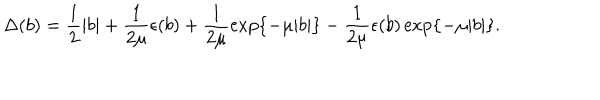
\Delta ( b ) = \frac { 1 } { 2 } \vert b \vert + \frac { 1 } { 2 \mu } \epsilon ( b ) + \frac { 1 } { 2 \mu } \exp \{ - \mu \vert b \vert \} - \frac { 1 } { 2 \mu } \epsilon ( b ) \exp \{ - \mu \vert b \vert \} .